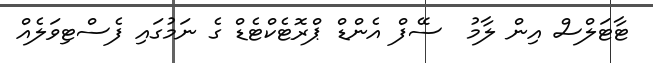
ޓާޓަލްސް އިން ލާމު  ސޭފް އެންޑް ޕްރޮޓެކްޓެޑް ގެ ނަމުގައި ފެސްޓިވަލެއް